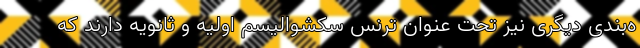
ه‌بندی دیگری نیز تحت عنوان ترنس سکشوالیسم اولیه و ثانویه دارند که